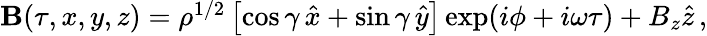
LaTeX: \begin{array}{r}{{\mathbf B}(\tau,x,y,z)=\rho^{1/2}\left[\cos\gamma\, \hat{x}+\sin\gamma\, \hat{y}\right]\exp(i\phi+i\omega\tau)+B_{z}\hat{z}\, ,}\end{array}